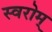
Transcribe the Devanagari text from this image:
स्वरोम्